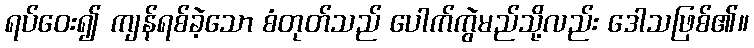
ရပ်ဝေး၍ ကျန်ရစ်ခဲ့သော စံတုတ်သည် ပေါက်ကွဲမည်သို့လည်း ဒေါသဖြစ်၏။